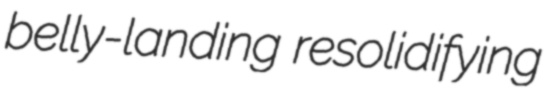
belly-landing resolidifying